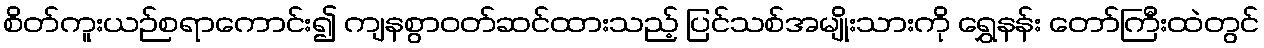
စိတ်ကူးယဉ်စရာကောင်း၍ ကျနစွာဝတ်ဆင်ထားသည့် ပြင်သစ်အမျိုးသားကို ရွှေနန်း တော်ကြီးထဲတွင်